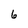
Character: 6